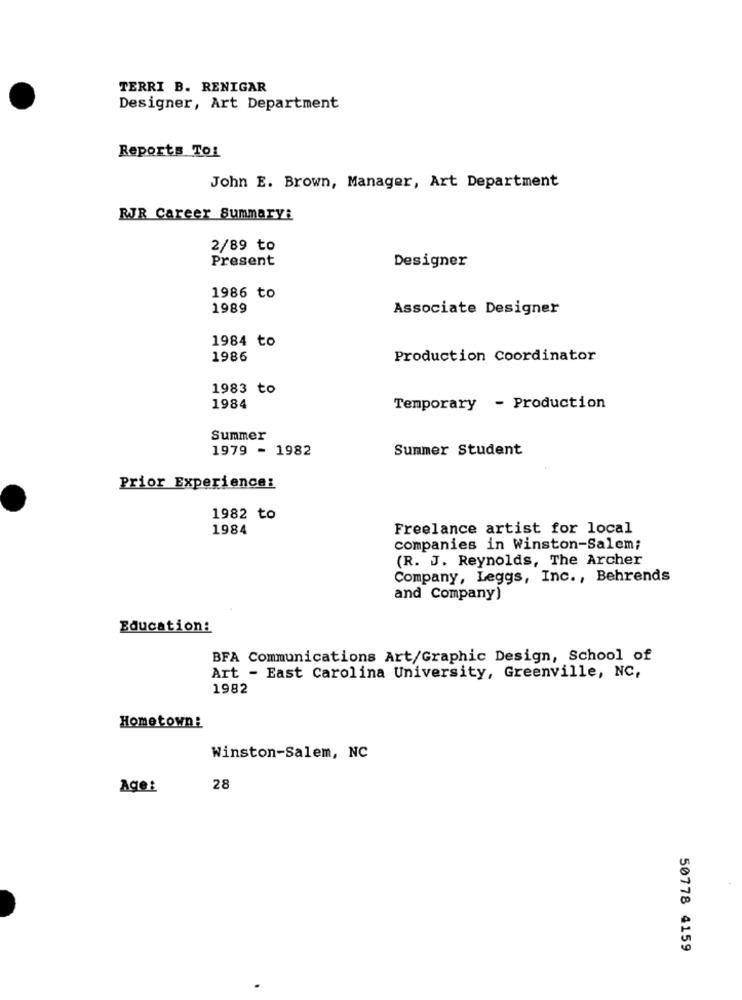
TERRI B. RENIGAR
Designer, Art Department
Reports To!
John E. Brown, Manager, Art Department
RJR Career Summary:
2/89 to
Present
Designer
1986 to
1989
Associate Designer
1984 to
1986
Production Coordinator
1983 to
1984
Temporary - Production
Summer
1979 - 1982
Summer Student
Prior Experience:
1982 to
1984
Freelance artist for local
companies in Winston-Salem;
(R. J. Reynolds, The Archer
Company, Leggs, Inc ., Behrends
and Company)
Education:
BFA Communications Art/Graphic Design, School of
Art - East Carolina University, Greenville, NC,
1982
Hometown:
Winston-Salem, NC
Age:
28
50778 4159